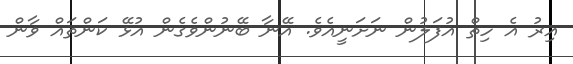
އިރު އެ ހިތް އުފަލުން ނަށަނީއެވެ. އޭނާ ބޭނުންވެގެން އުޅޭ ކަންތައް ވާން